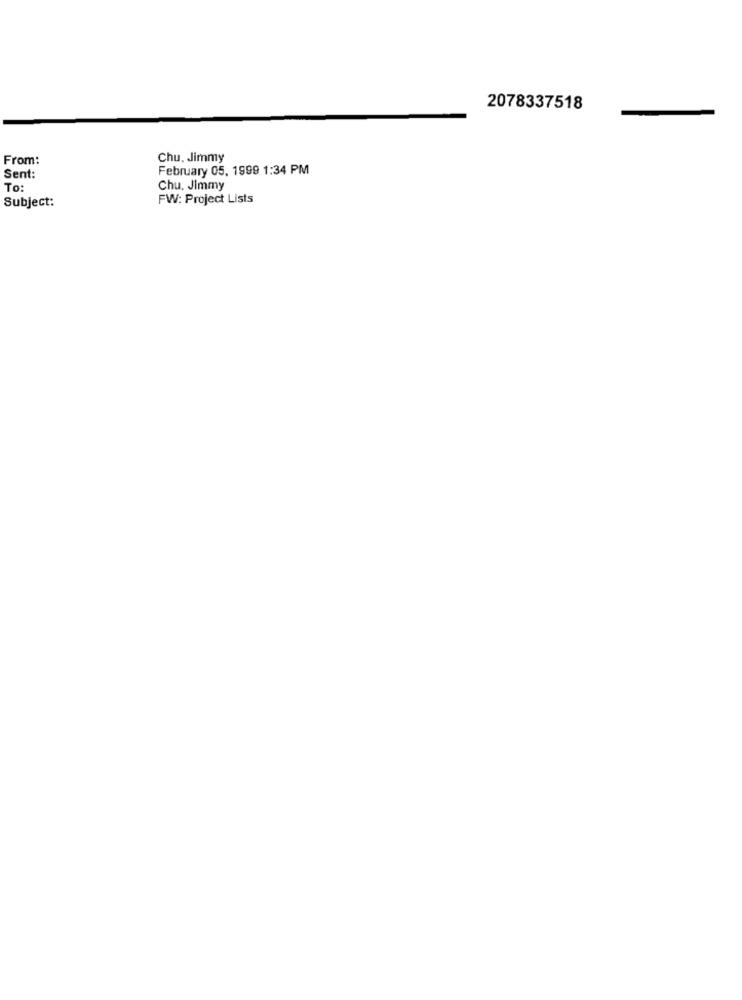
2078337518
From:
Chu, Jimmy
February 05. 1999 1:34 PM
Sent:
To:
Chu, Jimmy
Subject:
FW: Project Lists